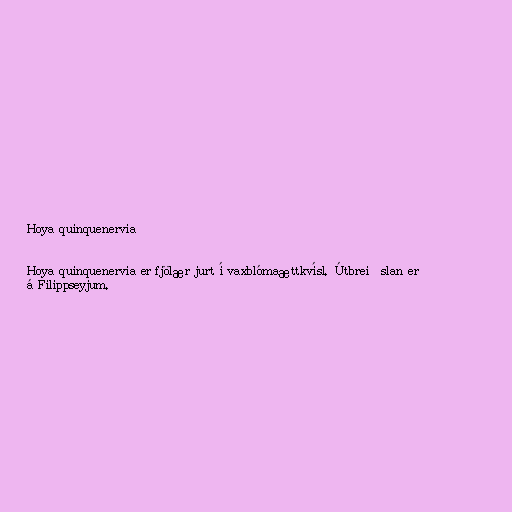
Hoya quinquenervia

Hoya quinquenervia er fjölær jurt í vaxblómaættkvísl. Útbreiðslan er
á Filippseyjum.